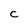
Character: C